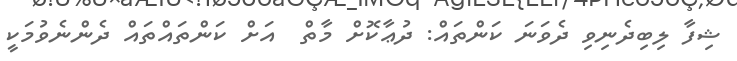
ޝިފާ ލިބިދެނިވި ދެވަނަ ކަންތައް: ދުޢާކޮށް މާތް  އަށް ކަންތައްތައް ދެންނެވުމަކީ